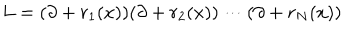
L = ( \partial + r _ { 1 } ( x ) ) ( \partial + r _ { 2 } ( x ) ) \cdots ( \partial + r _ { N } ( x ) )